Report on sanitation, dispensaries, and jails in Rajputana for 1917, and on vaccination for the year 1917-1918 - 1917-1918
Year: 1917
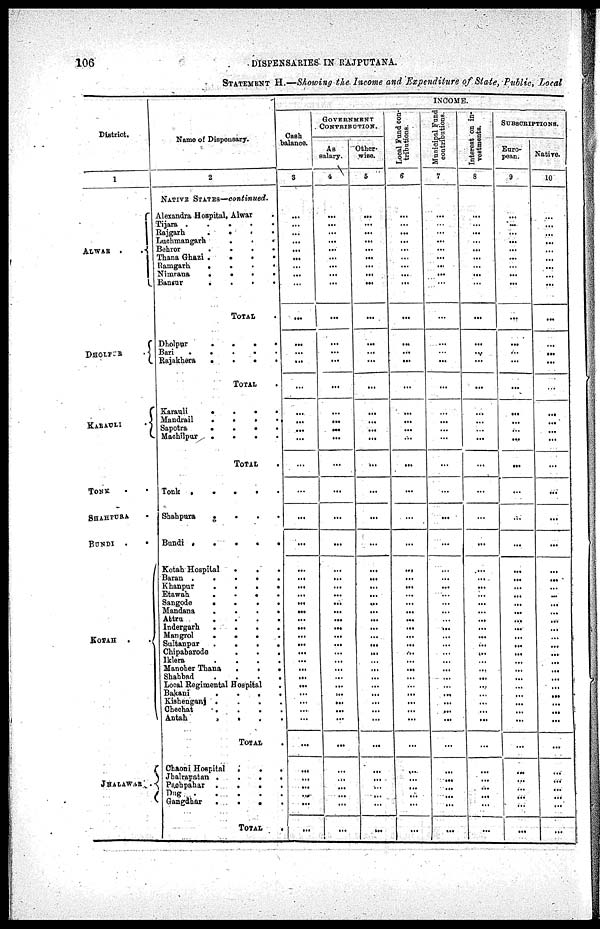
106
DISPENSARIES IN RAJPUTANA.
STATEMENT H.—Showing the Income and Expenditure of State, Public, Local
District.
1
ALWAR
..
DHOLPUR
.
KARAULI
.
TONK ..
SHAHPURA .
BUNDI
..
KOTAH
..
JHALAWAR .
Name of Dispensary.
2
NATIVE STATES—continued.
Alexandra Hospital, Alwar .
Tijara
.....
Rajgarh
....
Luchmangarh
...
Behror
....
Thana Ghazi
....
Ramgarh
....
Nimrana
....
Bansur
....
TOTAL .
Dholpur
....
Bari
.....
Rajakhera
....
TOTAL .
Karauli
....
Mandrail
....
Sapotra
....
Machilpur
....
TOTAL .
Tonk
.....
Shahpura
....
Bandi
.....
Kotah Hospital
...
Baran
.....
Khanpur
....
Etawah
....
Sangode
....
Mandana
....
Attru
....
Indergarh
....
Mangrol
....
Sultanpur
....
Chipabarode
...
Iklera
....
Manoher Thana
...
Shahbad
....
Local Regimental Hospital
.
Bakani
....
Kishenganj
....
Chechat
....
Antah
....
TOTAL .
Chaoni Hospital
...
Jhalrapatan
....
Pachpahar
....
Dug
.....
Gangdhar
....
TOTAL
.
INCOME.
Cash
balance.
3
...
...
...
...
...
...
...
...
...
...
...
...
...
...
...
...
...
...
...
...
...
...
...
...
...
...
...
...
...
...
...
...
...
...
...
...
...
...
...
...
...
...
...
...
...
...
...
...
GOVERNMENT
CONTRIBUTION.
As
salary.
4
...
...
...
...
...
...
...
...
...
...
...
...
...
...
...
...
...
...
...
...
...
...
...
...
...
...
...
...
...
...
...
...
...
...
...
...
...
...
...
...
...
...
...
...
...
...
...
...
Other-
wise.
5
...
...
...
...
...
...
...
...
...
...
...
...
...
...
...
...
...
...
...
...
...
...
...
...
...
...
...
...
...
...
...
...
...
...
...
...
...
...
...
...
...
...
...
...
...
...
...
...
Local Fund con-
tributions.
6
...
...
...
...
...
...
...
...
...
...
...
...
...
...
...
...
...
...
...
...
...
...
...
...
...
...
...
...
...
...
...
...
...
...
...
...
...
...
...
...
...
...
...
...
...
...
...
...
Municipal Fund
contributions.
7
...
...
...
...
...
...
...
...
...
...
...
...
...
...
...
...
...
...
...
...
...
...
...
...
...
...
...
...
...
...
...
...
...
...
...
...
...
...
...
...
...
...
...
...
...
...
...
...
Interest on in¬
vestments.
8
...
...
...
...
...
...
...
...
...
...
...
...
...
...
...
...
...
...
...
...
...
...
...
...
...
...
...
...
...
...
...
...
...
...
...
...
...
...
...
...
...
...
...
...
...
...
...
...
SUBSCRIPTIONS.
Euro¬
pean.
9
...
...
...
...
...
...
...
...
...
...
...
...
...
...
...
...
...
...
...
...
...
...
...
...
...
...
...
...
...
...
...
...
...
...
...
...
...
...
...
...
...
...
...
...
...
...
...
...
Native.
10
...
...
...
...
...
...
...
...
...
...
...
...
...
...
...
...
...
...
...
...
...
...
...
...
...
...
...
...
...
...
...
...
...
...
...
...
...
...
...
...
...
...
...
...
...
...
...